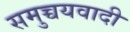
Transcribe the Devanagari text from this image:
समुच्चयवादी